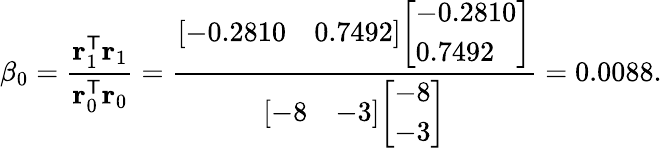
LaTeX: \beta_{0}={\frac{\mathbf{r}_{1}^{\mathsf{T}}\mathbf{r}_{1}}{\mathbf{r}_{0}^{\mathsf{T}}\mathbf{r}_{0}}}={\frac{{\left[\begin{array}{ll}{-0.2810}&{0.7492}\end{array}\right]}{\left[\begin{array}{l}{-0.2810}\\ {0.7492}\end{array}\right]}}{{\left[\begin{array}{ll}{-8}&{-3}\end{array}\right]}{\left[\begin{array}{l}{-8}\\ {-3}\end{array}\right]}}}=0.0088.